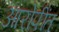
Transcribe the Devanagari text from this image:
आरोपींत